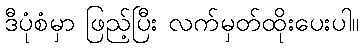
ဒီပုံစံမှာ ဖြည့်ပြီး လက်မှတ်ထိုးပေးပါ။